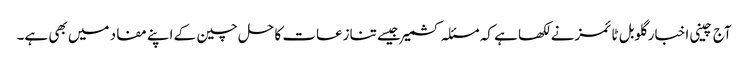
آج چینی اخبار گلوبل ٹائمزنے لکھا ہے کہ مسئلہ کشمیر جیسے تنازعات کا حل چین کے اپنے مفاد میں بھی ہے۔